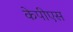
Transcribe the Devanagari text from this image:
केपीएस